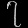
Digit: ၇